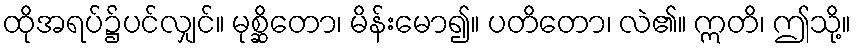
ထိုအရပ်၌ပင်လျှင်။ မုစ္ဆိတော၊ မိန်းမော၍။ ပတိတော၊ လဲ၏။ ဣတိ၊ ဤသို့။